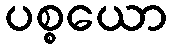
ပစ္စယော